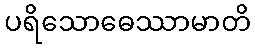
ပရိသောဓေဿာမာတိ